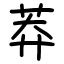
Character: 莽